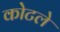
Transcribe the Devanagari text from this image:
कोटले